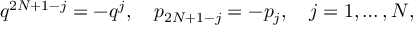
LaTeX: q ^ { 2 N + 1 - j } = - q ^ { j } , \quad p _ { 2 N + 1 - j } = - p _ { j } , \quad j = 1 , \ldots , N ,